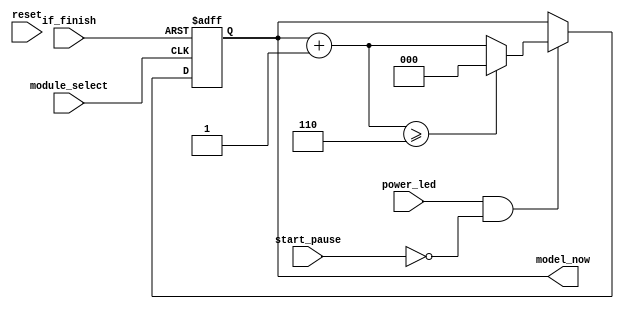
`timescale 1ns / 1ps
//////////////////////////////////////////////////////////////////////////////////
// Company: 
// Engineer: 
// 
// Design Name: 
// Module Name: Select_module
// Project Name: 
// Target Devices: 
// Tool Versions: 
// Description: 
// 
// Dependencies: 
// 
// Revision:
// Revision 0.01 - File Created
// Additional Comments:
// 
//////////////////////////////////////////////////////////////////////////////////

module Select_module(reset,power_led,start_pause,module_select,if_finish,model_now );
input wire reset,power_led,start_pause,module_select,if_finish;
output reg [2:0] model_now;
initial begin
model_now=0;
end
always @(posedge module_select or posedge if_finish) begin   //
   if(if_finish==1)begin
       model_now=0;       //
       end       
   else if(power_led && ~start_pause)   //
       begin
       model_now=model_now+1;
       if(model_now>=6)
       model_now=0;
       end
    end
endmodule